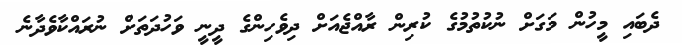
ދެބައި މީހުން މަގަށް ނުކުތުމުގެ ކުރިން ރާއްޖެއަށް ދިވެހިންގެ ދީނީ ވަހުދަތަށް ނުރައްކާވެދާނެ